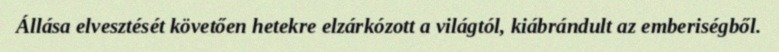
Állása elvesztését követően hetekre elzárkózott a világtól, kiábrándult az emberiségből.